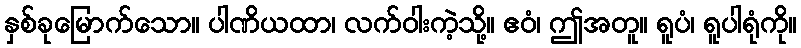
နှစ်ခုမြောက်သော။ ပါဏိယထာ၊ လက်ဝါးကဲ့သို့။ ဧဝံ၊ ဤအတူ။ ရူပံ၊ ရူပါရုံကို။